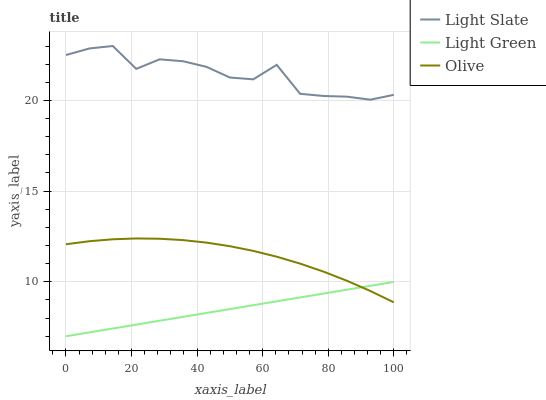
| xaxis_label | Light Slate | Light Green | Olive |
 | --- | --- | --- | --- |
 | 0 | 22.5 | 7 | 12.1 |
 | 7.14 | 22.9 | 7.21 | 12.2 |
 | 14.3 | 23 | 7.43 | 12.3 |
 | 21.4 | 21.7 | 7.64 | 12.4 |
 | 28.6 | 22.3 | 7.86 | 12.4 |
 | 35.7 | 22.2 | 8.07 | 12.3 |
 | 42.9 | 21.9 | 8.28 | 12.2 |
 | 50 | 21.3 | 8.5 | 12 |
 | 57.1 | 21.2 | 8.71 | 11.7 |
 | 64.3 | 22 | 8.93 | 11.4 |
 | 71.4 | 20.4 | 9.14 | 11 |
 | 78.6 | 20.2 | 9.35 | 10.6 |
 | 85.7 | 20.2 | 9.57 | 10.1 |
 | 92.9 | 20 | 9.78 | 9.49 |
 | 100 | 20.3 | 9.99 | 8.87 |